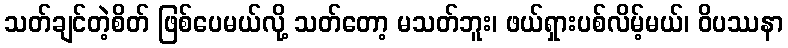
သတ်ချင်တဲ့စိတ် ဖြစ်ပေမယ်လို့ သတ်တော့ မသတ်ဘူး၊ ဖယ်ရှားပစ်လိမ့်မယ်၊ ဝိပဿနာ